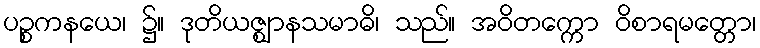
ပဉ္စကနယေ၊ ၌။ ဒုတိယဇ္ဈာနသမာဓိ၊ သည်။ အဝိတက္ကော ဝိစာရမတ္တော၊